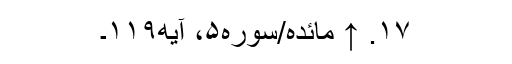
۱۷. ↑ مائده/سوره۵، آیه۱۱۹۔